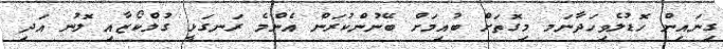
ގިނައިން ހޮޑުލެވިހަދާނަމ މިގޮތަށް ބުއިމަށް ބޭނުންކުރަން އެންމެ ރަނގަޅީ ގުލްކޯޒާއި ލޮނު އަދި